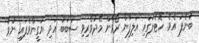
ބުނެފަ އެވެ. ހޮޓެލުގައި އަލިފާން ރޯވާން މެދުވެރިވި ސަބަބު އަދި ޔަގީންވެފައި ނުވެ